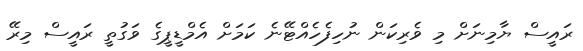
ރައީސް ޔާމިނަށް މި ވެރިކަން ނުހިފެހެއްޓޭނެ ކަމަށް އެމްޑީޕީގެ ވަގުތީ ރައީސް މިރޭ